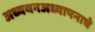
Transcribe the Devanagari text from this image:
अध्ययनअध्यापनाचे